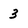
Character: 3